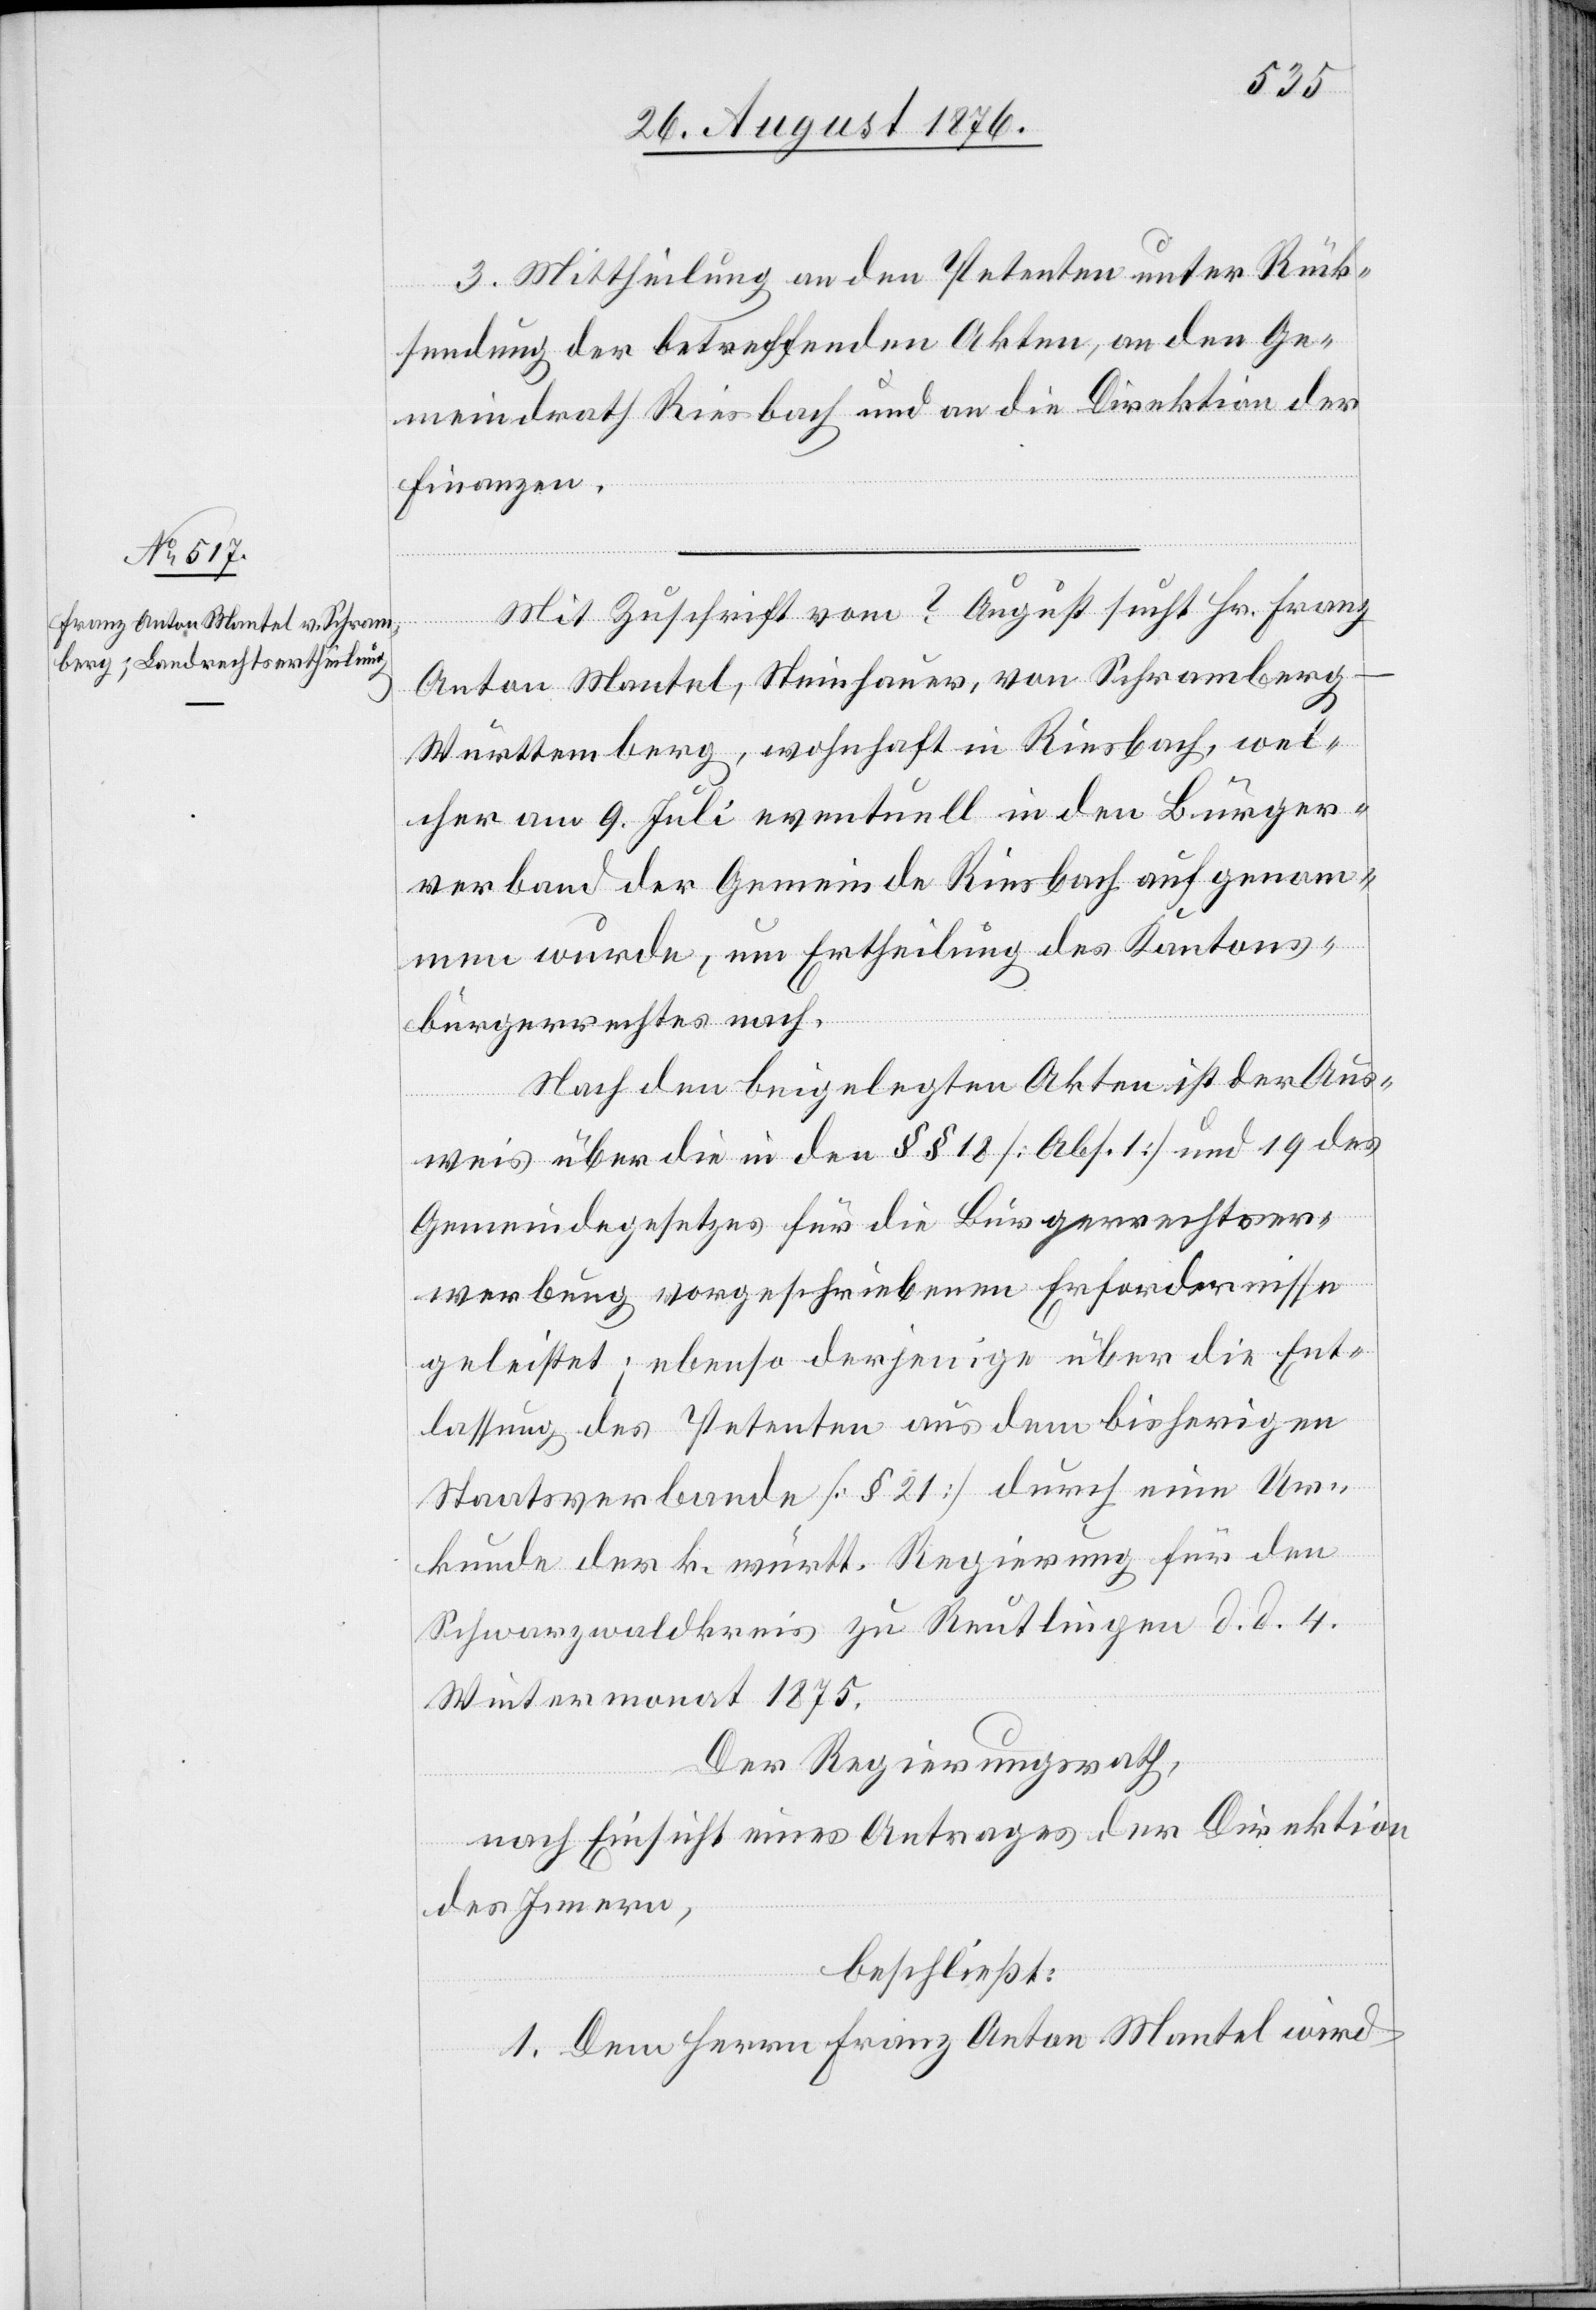
3. Mittheilung an den Petenten unter Rück¬
sendung der betreffenden Akten, an den Ge¬
meindrath Riesbach und an die Direktion der
Finanzen.
Mit Zuschrift vom ? August sucht Hr. Franz
Anton Mantel, Steinhauer, von Schramberg
Württemberg, wohnhaft in Riesbach, wel¬
cher am 9. Juli eventuell in den Bürger¬
verband der Gemeinde Riesbach aufgenom¬
men wurde, um Ertheilung des Kantons¬
bürgerrechtes nach.
Nach den beigelegten Akten ist der Aus¬
weis über die in den §§ 18 [Abs. 1] und 19 des
Gemeindegesetzes für die Bürgerrechtser¬
werbung vorgeschriebenen Erfordernisse
geleistet; ebenso derjenige über die Ent¬
lassung des Petenten aus dem bisherigen
Staatsverbande [§ 21] durch eine Ur¬
kunde der k. württ. Regierung für den
Schwarzwaldkreis zu Reutlingen d. d. 4.
Wintermonat 1875.
Der Regierungsrath,
nach Einsicht eines Antrages der Direktion
des Innern,
beschließt:
1. Dem Herrn Franz Anton Mantel wird